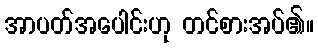
အာပတ်အပေါင်းဟု တင်စားအပ်၏။